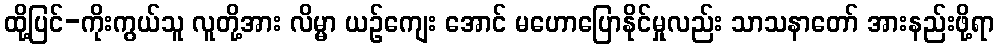
ထို့ပြင်-ကိုးကွယ်သူ လူတို့အား လိမ္မာ ယဉ်ကျေး အောင် မဟောပြောနိုင်မှုလည်း သာသနာတော် အားနည်းဖို့ရာ